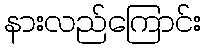
နားလည်ကြောင်း